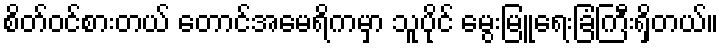
စိတ်ဝင်စားတယ် တောင်အမေရိကမှာ သူပိုင် မွေးမြူရေးခြံကြီးရှိတယ်။